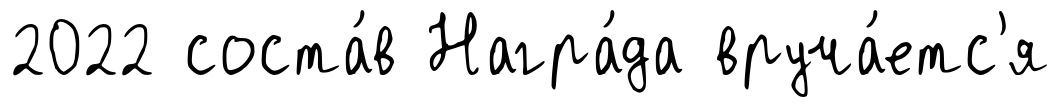
2022 соста́в Награ́да вруча́етс'я